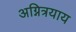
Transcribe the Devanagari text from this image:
अग्नित्रयाय